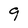
Character: 9